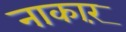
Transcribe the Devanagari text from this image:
नाकारं